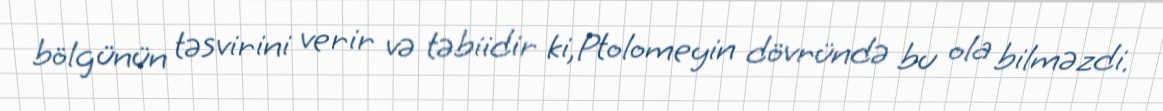
bölgünün təsvirini verir və təbiidir ki,Ptolomeyin dövründə bu ola bilməzdi.